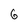
Character: 6